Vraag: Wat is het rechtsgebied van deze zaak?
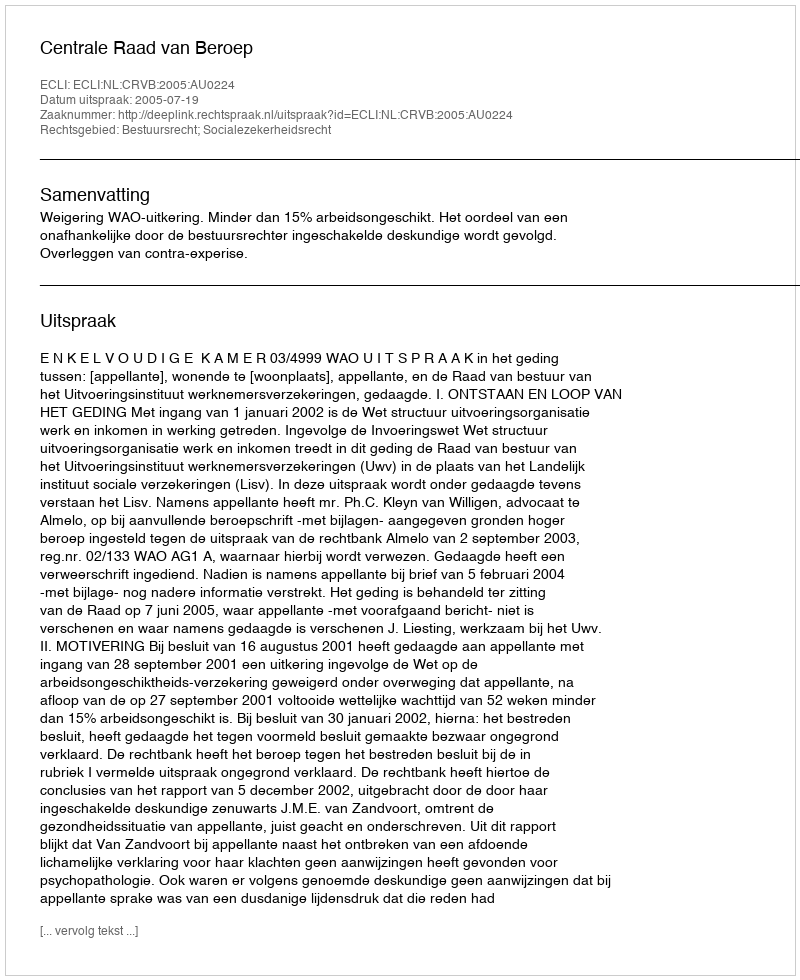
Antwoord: Bestuursrecht; Socialezekerheidsrecht